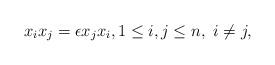
LaTeX: \begin{align*} x_i x_j = \epsilon x_j x_i, 1\leq i,j \leq n, \ i \neq j,\end{align*}